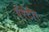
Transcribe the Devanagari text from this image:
पॅरेंटीर